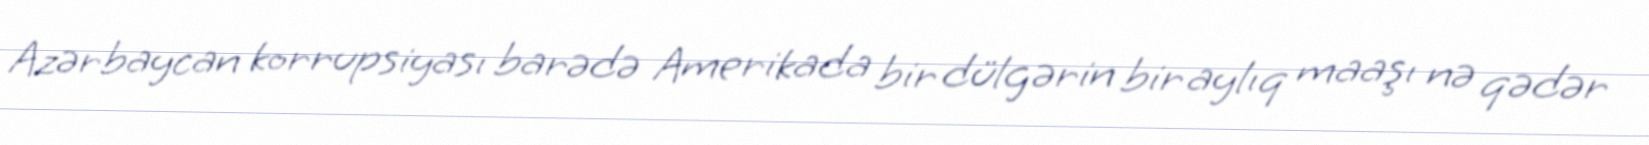
Azərbaycan korrupsiyası barədə Amerikada bir dülgərin bir aylıq maaşı nə qədər